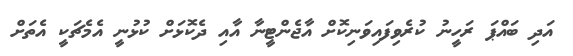
އަދި ބައްޕަ ރަހީނު ކުރެވިފައިވަނިކޮށް އާޖެންޓީނާ އާއި ދެކޮޅަށް ކުޅުނީ އެމެޗަކީ އެތަށް